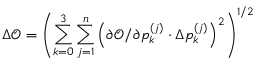
\Delta \mathcal { O } = \left( \sum _ { k = 0 } ^ { 3 } \sum _ { j = 1 } ^ { n } \left( \partial \mathcal { O } / \partial p _ { k } ^ { ( j ) } \cdot \Delta p _ { k } ^ { ( j ) } \right) ^ { 2 } \right) ^ { 1 / 2 }